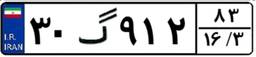
۸۹گ۷۳۵۳۲